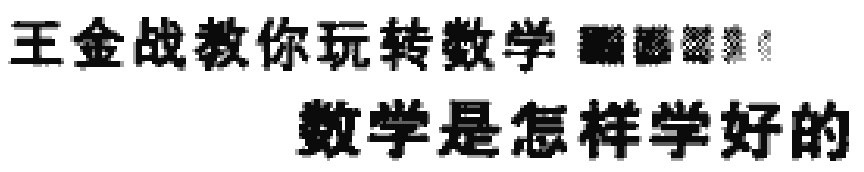
王金战教你玩转数学  数学是怎样学好的